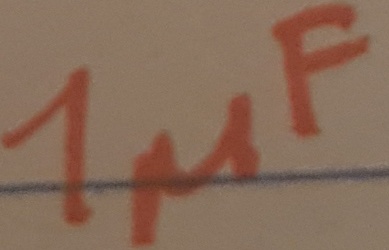
Text: 1µF